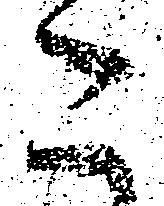
こ